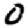
Digit: 0